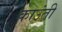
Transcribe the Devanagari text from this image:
काउंती